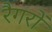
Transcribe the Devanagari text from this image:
रैगरों